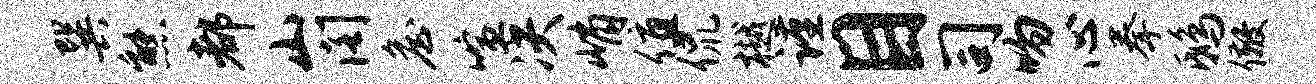
巽熊都山阁詹喧决峭值侃樾谨目司吻心拳鸱儆